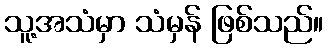
သူ့အသံမှာ သံမှန် ဖြစ်သည်။